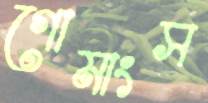
গোমাংস